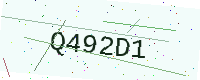
Text: Q492D1